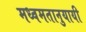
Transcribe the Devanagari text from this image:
मध्वमतानुयायी